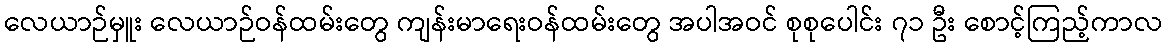
လေယာဉ်မှူး လေယာဉ်ဝန်ထမ်းတွေ ကျန်းမာရေးဝန်ထမ်းတွေ အပါအဝင် စုစုပေါင်း ၇၁ ဦး စောင့်ကြည့်ကာလ